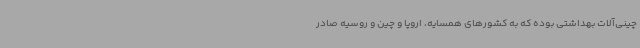
چینی‌آلات بهداشتی بوده که به کشورهای همسایه، اروپا و چین و روسیه صادر